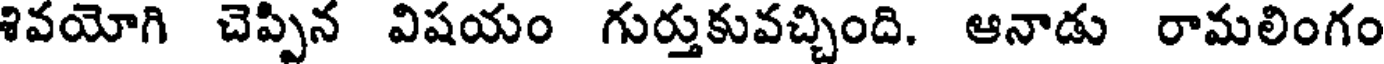
శివయోగి చెప్పిన విషయం గుర్తుకువచ్చింది. ఆనాడు రామలింగం